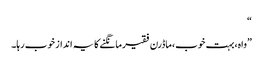
“
”واہ،بہت خوب،ماڈرن فقیرمانگنے کا یہ انداز خوب رہا۔